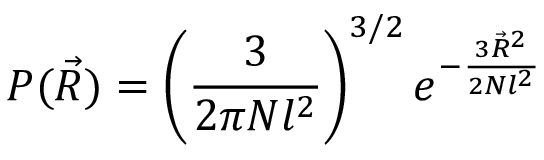
P ( { \vec { R } } ) = \left( { \frac { 3 } { 2 \pi N l ^ { 2 } } } \right) ^ { 3 / 2 } e ^ { - { \frac { 3 { \vec { R } } ^ { 2 } } { 2 N l ^ { 2 } } } }